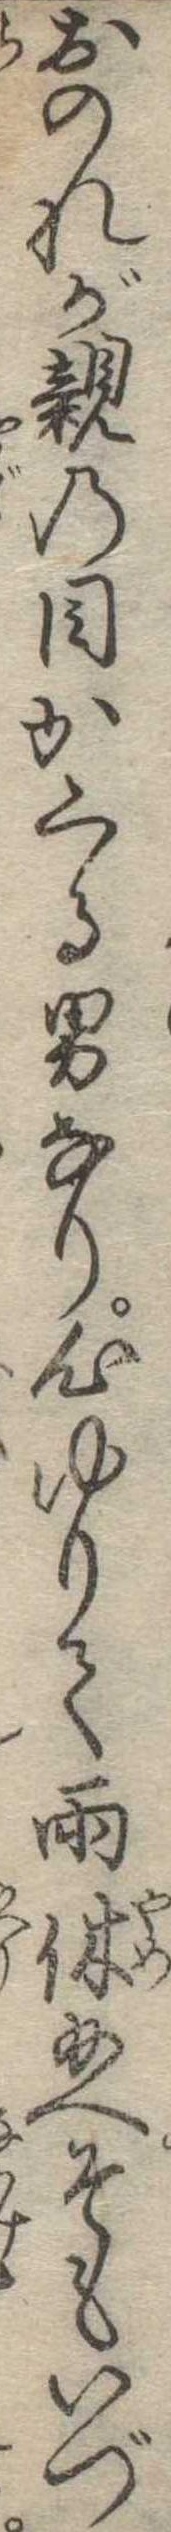
おのれが親の目かくる男なり心ゆりて雨休給へそもいづ